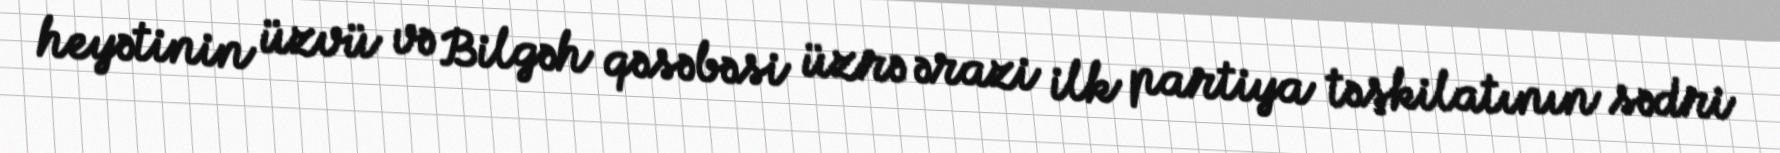
heyətinin üzvü və Bilgəh qəsəbəsi üzrə ərazi ilk partiya təşkilatının sədri